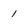
Character: 1